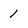
Character: 1